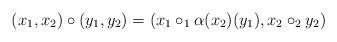
LaTeX: \begin{align*}(x_1,x_2)\circ(y_1,y_2)=(x_1\circ_1 \alpha(x_2)(y_1),x_2\circ_2 y_2)\end{align*}